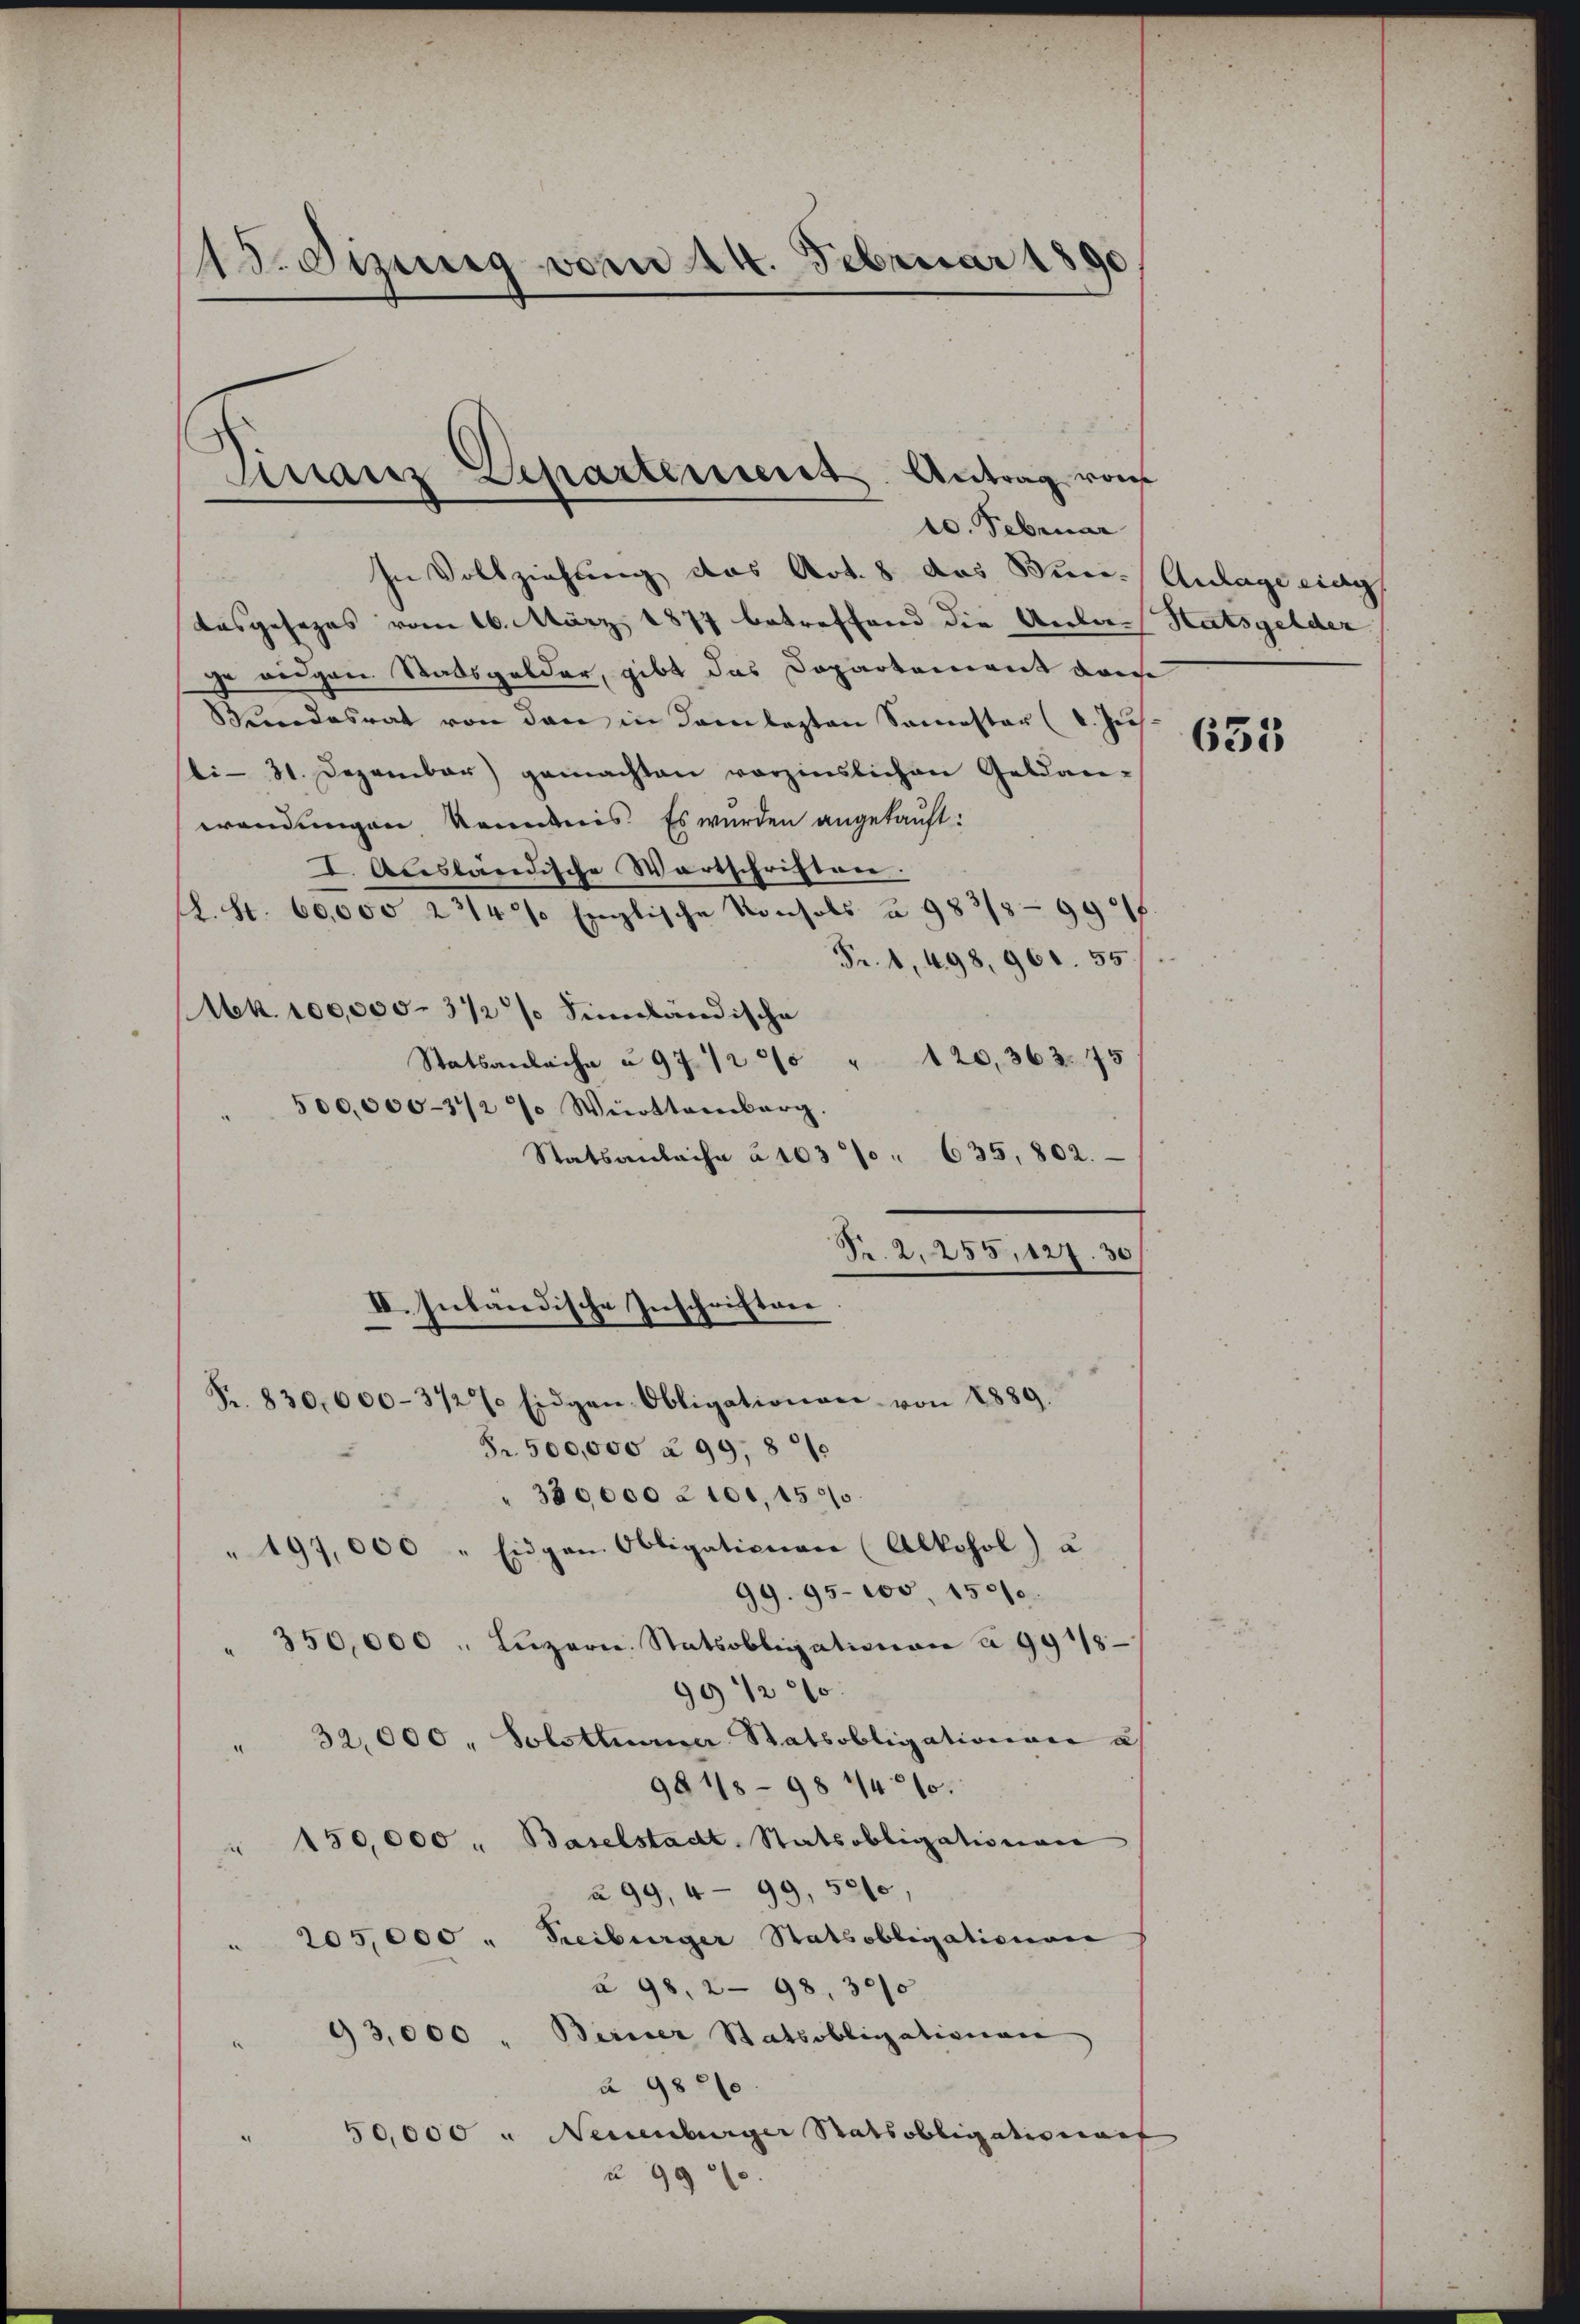
15. Sizung vom 14. Februar 1890.

Finanz Departement. Antrag vom
10. Februar

In Vollziehung das Art. 8 das Buri Anlage eing
Ausgesezes vom 16. März 1877 betreffend die Anlas Statsgelder
ge wegen Statsgelder, gibt das Dopartement dan
Wandesrat von den in Samlezten Semester (I. Jus
sti- 31. Dezember) gemachten verzinslichen Gelän-
wendungen kommnis. Es wurden angekauft:
I. Ausländische Wortschriften.
. S. 66000 f 14 f. Englische Manchels u. 953/1 9900
Fr. 1, 498, 961. 55
Mk. 100,000. 312 % Sinnländische
120, 363. 75
Statsanlache u 977200
500,000-34/2 % Württemberg.
Statsanleihe à 1037 " 635, 802.
Fr. 830,000-372% Eidgen Obligationen von 1889.
Fr. 500,000 à 99, 84
" 330,000 à 100, 1500
"197,000 " Eidgen. Obligationen (Alkohol) u
99. 95. 100, 15570.
350,000 . Luzern. Statsobligationen à 991/8
99 1/2
" 32,000, Solothurner Ratsobligationen u
984/8-98 441.
" 150,000 " Baselstadt Statsobligationen
a 99, 4- 99, 5210,
205,000 " Freiburger Statsobligationen
§ 98. 298, 30/0
93,000 . Berner Statsobligationen
à 9820
50,000 u Neuenburger Ratsobligationart
u 9900.

Fr. 2. 255, 127. 30
II. Inbändische Inschriften

655